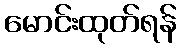
မောင်းထုတ်ရန်